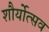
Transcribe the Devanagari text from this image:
शौर्योत्सव